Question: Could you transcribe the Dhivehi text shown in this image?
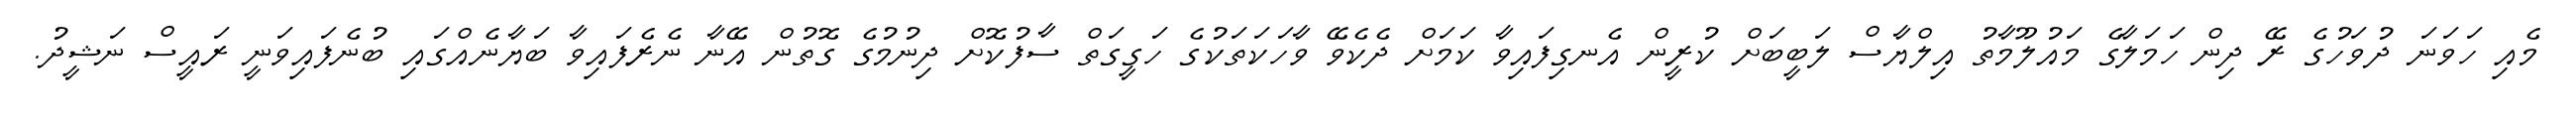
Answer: މެއި ހަވަނަ ދުވަހުގެ ރޭ ދިން ހަމަލާގެ މައުލޫމާތު އިލްޔާސް ލަބީބަށް ކުރީން އެނގިފައިވާ ކަމަށް ދެކެވޭ ވާހަކަތަކުގެ ހަގީގަތް ސާފުކޮށް ދިނުމުގެ ގޮތުން އޭނާ ނެރެފައިވާ ބަޔާނެއްގައި ބުނެފައިވަނީ ރައީސް ނަޝީދު.